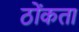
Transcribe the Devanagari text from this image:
ठोंकता